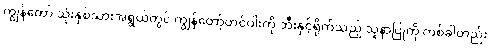
ကျွန်တော် သုံးနှစ်သားအရွယ်တွင် ကျွန်တော့်တင်ပါးကို ဘီးနှင့်ရိုက်သည့် သူနာပြုကို တစ်ခါတည်း